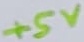
Text: +5V